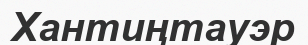
Хантиңтауэр